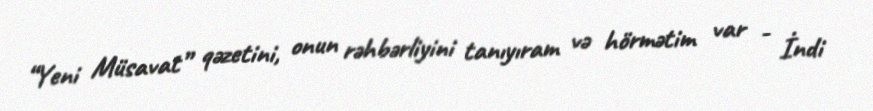
“Yeni Müsavat” qəzetini, onun rəhbərliyini tanıyıram və hörmətim var - İndi